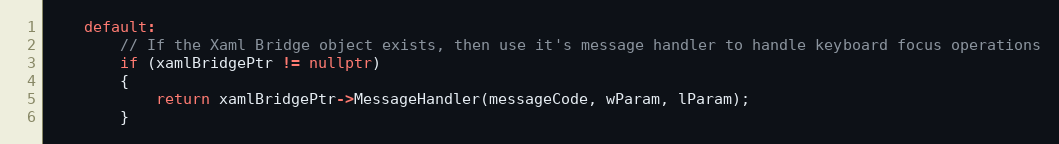
Language: C++
    default:
        // If the Xaml Bridge object exists, then use it's message handler to handle keyboard focus operations
        if (xamlBridgePtr != nullptr)
        {
            return xamlBridgePtr->MessageHandler(messageCode, wParam, lParam);
        }